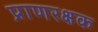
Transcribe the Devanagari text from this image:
प्राणरक्षक